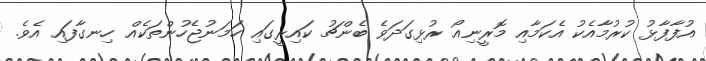
އުފާފާޅު ކުރުމާއެކު އެކަމާއި މޮރީނިއޯ ރުޅިގަދަވެ ބެންޗު ކައިރީގައި ހަމަނުޖެހުންތަކެއް ހިނގާފައި އެވެ.